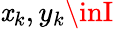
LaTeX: \mathit{x}_{k},y_{k}\inI